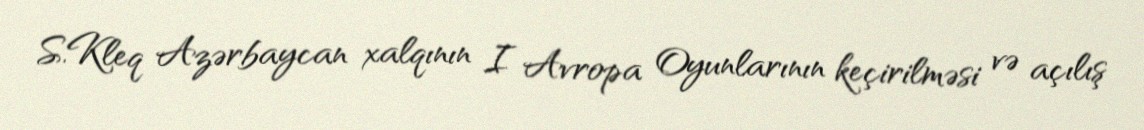
S.Kleq Azərbaycan xalqının I Avropa Oyunlarının keçirilməsi və açılış